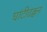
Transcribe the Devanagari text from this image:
घांटीढक्कन